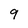
Character: 9